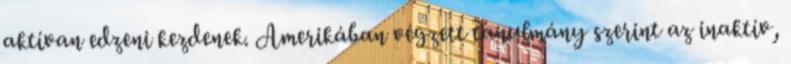
aktívan edzeni kezdenek. Amerikában végzett tanulmány szerint az inaktív,